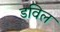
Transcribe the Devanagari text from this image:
डविल